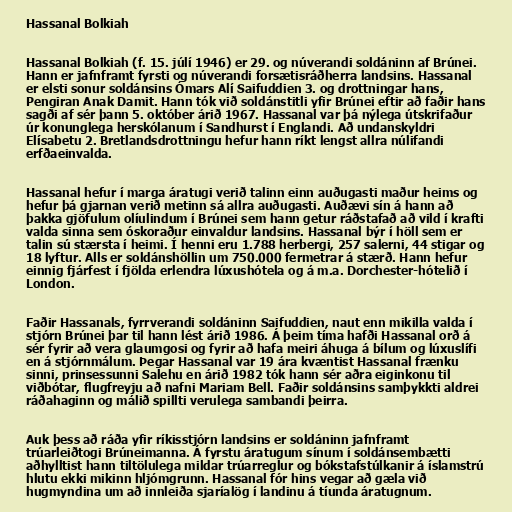
Hassanal Bolkiah

Hassanal Bolkiah (f. 15. júlí 1946) er 29. og núverandi soldáninn af Brúnei.
Hann er jafnframt fyrsti og núverandi forsætisráðherra landsins. Hassanal
er elsti sonur soldánsins Ómars Alí Saifuddien 3. og drottningar hans,
Pengiran Anak Damit. Hann tók við soldánstitli yfir Brúnei eftir að faðir hans
sagði af sér þann 5. október árið 1967. Hassanal var þá nýlega útskrifaður
úr konunglega herskólanum í Sandhurst í Englandi. Að undanskyldri
Elísabetu 2. Bretlandsdrottningu hefur hann ríkt lengst allra núlifandi
erfðaeinvalda.

Hassanal hefur í marga áratugi verið talinn einn auðugasti maður heims og
hefur þá gjarnan verið metinn sá allra auðugasti. Auðævi sín á hann að
þakka gjöfulum olíulindum í Brúnei sem hann getur ráðstafað að vild í krafti
valda sinna sem óskoraður einvaldur landsins. Hassanal býr í höll sem er
talin sú stærsta í heimi. Í henni eru 1.788 herbergi, 257 salerni, 44 stigar og
18 lyftur. Alls er soldánshöllin um 750.000 fermetrar á stærð. Hann hefur
einnig fjárfest í fjölda erlendra lúxushótela og á m.a. Dorchester-hótelið í
London.

Faðir Hassanals, fyrrverandi soldáninn Saifuddien, naut enn mikilla valda í
stjórn Brúnei þar til hann lést árið 1986. Á þeim tíma hafði Hassanal orð á
sér fyrir að vera glaumgosi og fyrir að hafa meiri áhuga á bílum og lúxuslífi
en á stjórnmálum. Þegar Hassanal var 19 ára kvæntist Hassanal frænku
sinni, prinsessunni Salehu en árið 1982 tók hann sér aðra eiginkonu til
viðbótar, flugfreyju að nafni Mariam Bell. Faðir soldánsins samþykkti aldrei
ráðahaginn og málið spillti verulega sambandi þeirra.

Auk þess að ráða yfir ríkisstjórn landsins er soldáninn jafnframt
trúarleiðtogi Brúneimanna. Á fyrstu áratugum sínum í soldánsembætti
aðhylltist hann tiltölulega mildar trúarreglur og bókstafstúlkanir á íslamstrú
hlutu ekki mikinn hljómgrunn. Hassanal fór hins vegar að gæla við
hugmyndina um að innleiða sjaríalög í landinu á tíunda áratugnum.